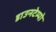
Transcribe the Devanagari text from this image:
डाउनटेम्पो